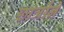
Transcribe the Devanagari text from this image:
छात्रोंने